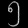
Digit: ၅